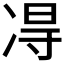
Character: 𫥐